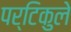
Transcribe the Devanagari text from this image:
पर्टिकुले